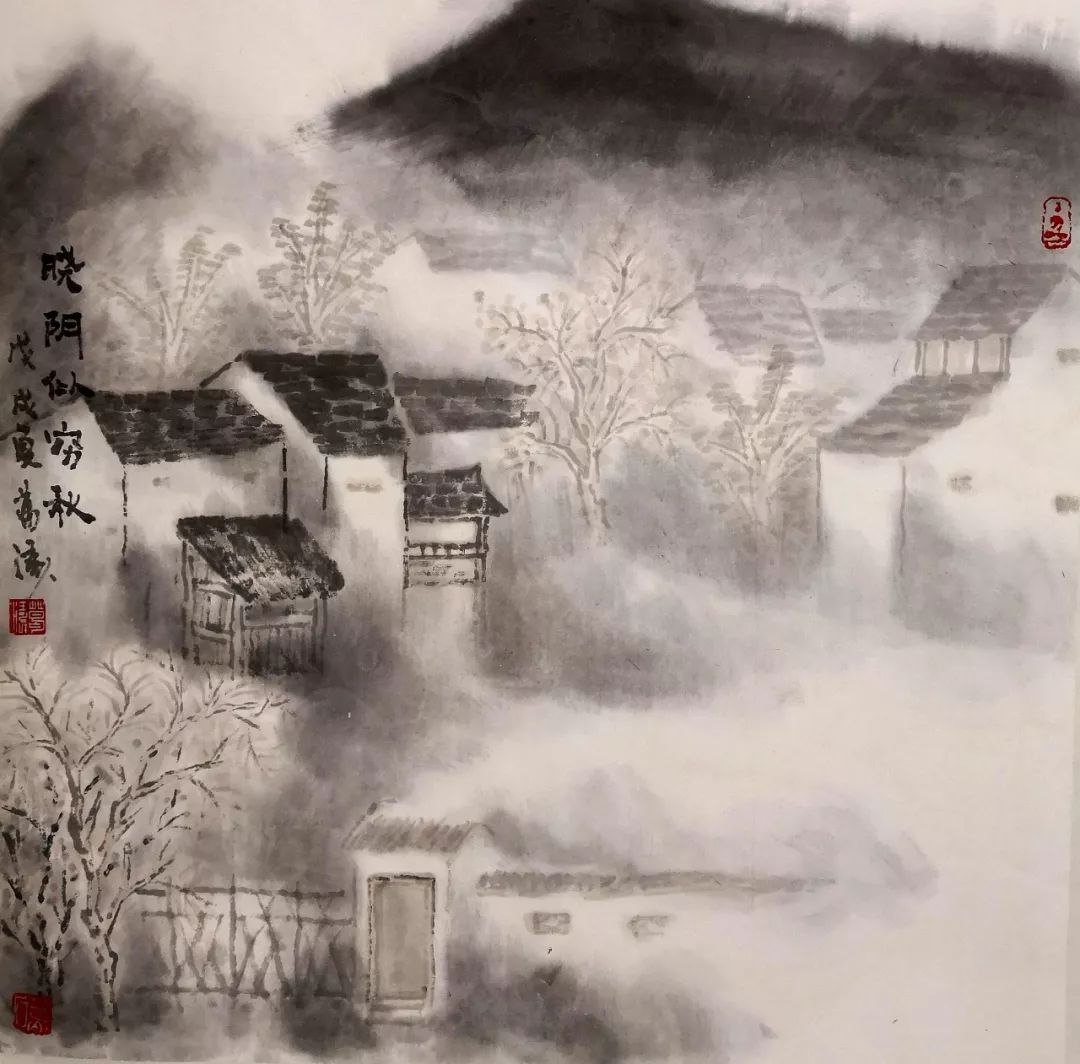
二月黄莺飞上林，春城紫禁晓阴阴。